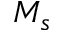
M _ { s }